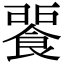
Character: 𩜕